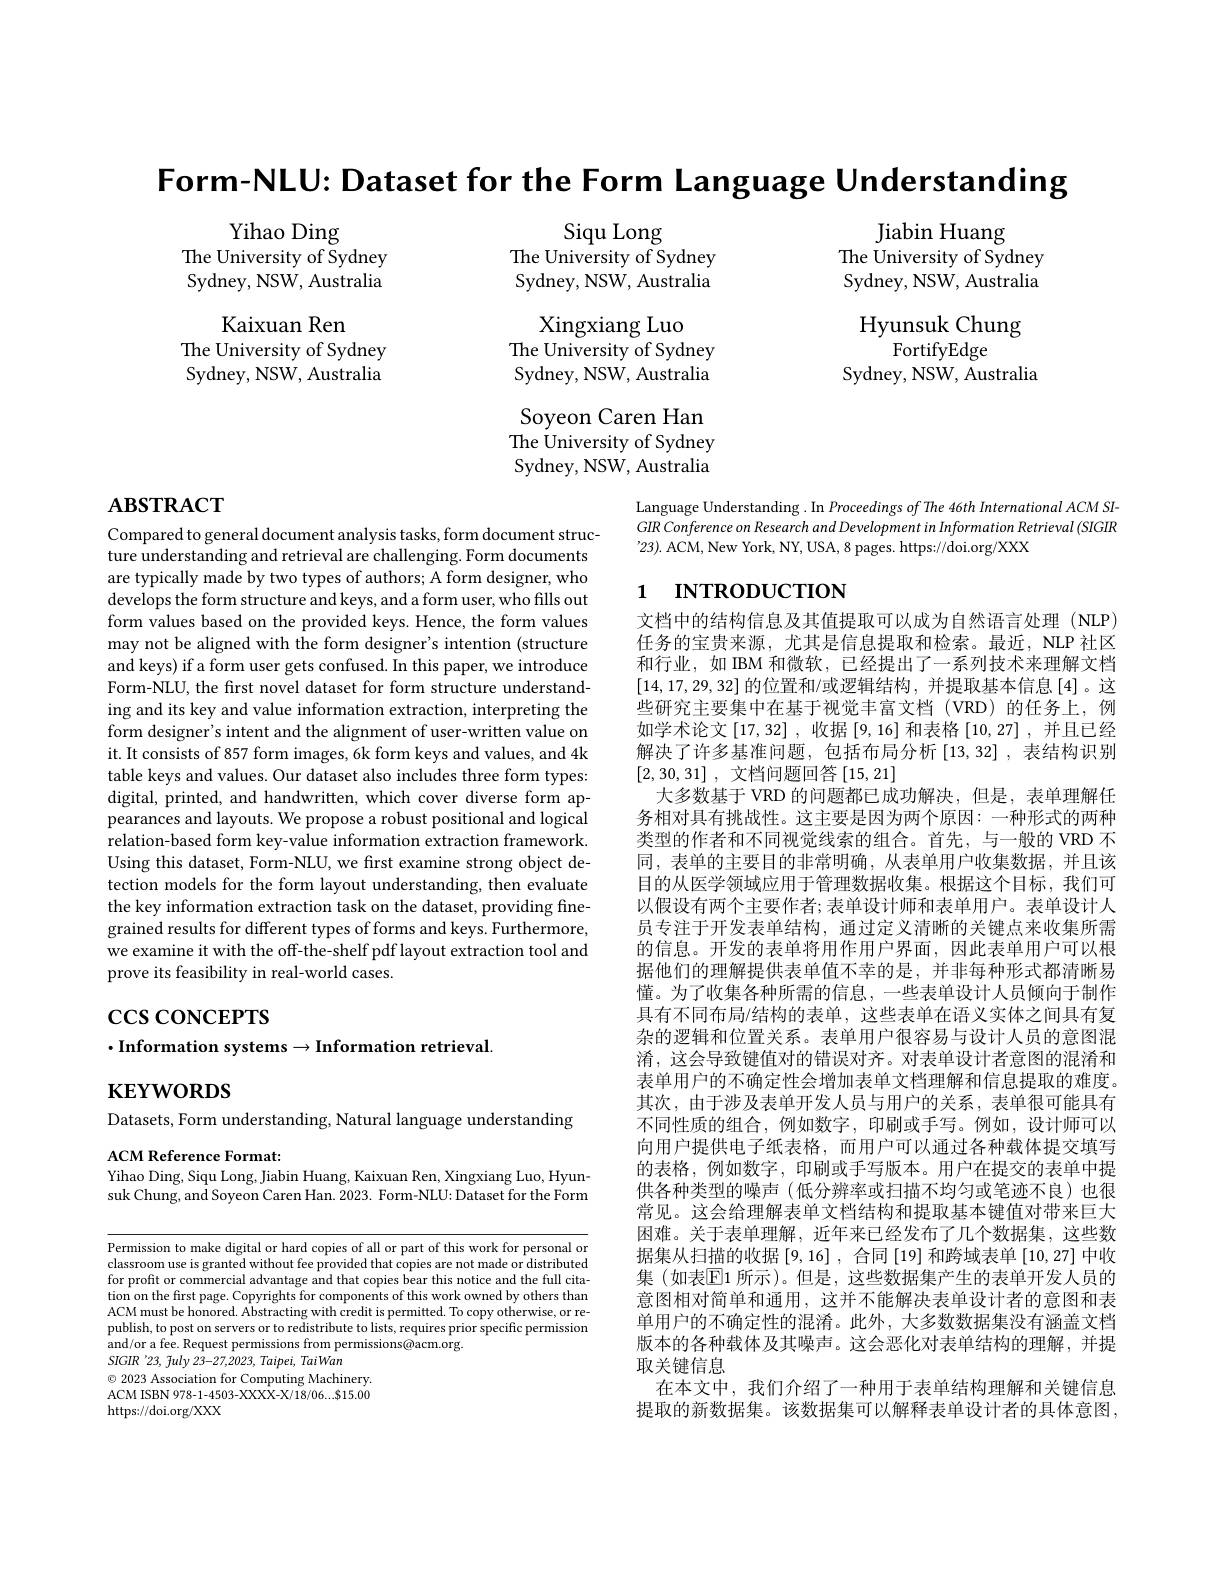
Form-NLU: Dataset for the Form Language Understanding

Jiabin Huang
The University of Sydney Sydney, NSW, Australia

Yihao Ding
The University of Sydney Sydney, NSW, Australia

Siqu Long
The University of Sydney Sydney, NSW, Australia

Kaixuan Ren
The University of Sydney Sydney, NSW, Australia

Hyunsuk Chung
FortifyEdge
Sydney, NSW, Australia

Xingxiang Luo
The University of Sydney Sydney, NSW, Australia

Soyeon Caren Han The Úniversity of Sydney Sydney, NSW, Australia

# $\mathbf{ABSTRACT}$

Language Understanding . In Proceedings of The 46th International ACM SI- $GIR\textit{Conference on Research and Development in Information Retrieval ( SIGIR}$ $^{\prime }$23) . ACM, New York, NY, USA, 8 pages. https: / / doi. org/ XXX

# 1 INTRODUCTION

Compared to general document analysis tasks, form document structure understanding and retrieval are challenging. Form documents are typically made by two types of authors; A form designer, who develops the form structure and keys, and a form user, who fills out form values based on the provided keys. Hence, the form values may not be aligned with the form designer's intention (structure and keys) if a form user gets confused. In this paper, we introduce Form-NLU, the first novel dataset for form structure understanding and its key and value information extraction, interpreting the form designer's intent and the alignment of user-written value on it. It consists of 857 form images, 6k form keys and values, and 4k table keys and values. Our dataset also includes three form types: digital, printed, and handwritten, which cover diverse form appearances and layouts. We propose a robust positional and logical relation-based form key-value information extraction framework. Using this dataset, Form-NLU, we first examine strong object detection models for the form layout understanding, then evaluate the key information extraction task on the dataset, providing finegrained results for different types of forms and keys. Furthermore, we examine it with the off-the-shelf pdf layout extraction tool and prove its feasibility in real-world cases.

文档中的结构信息及其值提取可以成为自然语言处理(NLP) 任务的宝贵来源，尤其是信息提取和检索。最近，NLP社区和行业，如 IBM 和微软，已经提出了一系列技术来理解文档[14,17,29,32] 的位置和/或逻辑结构，并提取基本信息[4]。这些研究主要集中在基于视觉丰富文档(VRD)的任务上，例如学术论文[17,32],收据[9,16]和表格[10,27],并且已经解决了许多基准问题，包括布局分析[13,32],表结构识别[2,30,31] , 文档问题回答[15,21]
大多数基于 VRD 的问题都已成功解决，但是，表单理解任务相对具有挑战性。这主要是因为两个原因：一种形式的两种类型的作者和不同视觉线索的组合。首先，与一般的 VRD 不同，表单的主要目的非常明确，从表单用户收集数据，并且该目的从医学领域应用于管理数据收集。根据这个目标，我们可以假设有两个主要作者；表单设计师和表单用户。表单设计人员专注于开发表单结构，通过定义清晰的关键点来收集所需的信息。开发的表单将用作用户界面，因此表单用户可以根据他们的理解提供表单值不幸的是，并非每种形式都清晰易懂。为了收集各种所需的信息，一些表单设计人员倾向于制作具有不同布局/结构的表单，这些表单在语义实体之间具有复杂的逻辑和位置关系。表单用户很容易与设计人员的意图混淆，这会导致键值对的错误对齐。对表单设计者意图的混淆和表单用户的不确定性会增加表单文档理解和信息提取的难度。其次，由于涉及表单开发人员与用户的关系，表单很可能具有不同性质的组合，例如数字，印刷或手写。例如，设计师可以向用户提供电子纸表格，而用户可以通过各种载体提交填写的表格，例如数字，印刷或手写版本。用户在提交的表单中提供各种类型的噪声(低分辨率或扫描不均匀或笔迹不良)也很常见。这会给理解表单文档结构和提取基本键值对带来巨大困难。关于表单理解，近年来已经发布了几个数据集，这些数据集从扫描的收据$\left[9,16\right]$, 合同 [19] 和跨域表单 [10,27] 中收集(如表$\mathbb{E}$1 所示)。但是，这些数据集产生的表单开发人员的意图相对简单和通用，这并不能解决表单设计者的意图和表单用户的不确定性的混淆。此外，大多数数据集没有涵盖文档版本的各种载体及其噪声。这会恶化对表单结构的理解，并提取关键信息
在本文中，我们介绍了一种用于表单结构理解和关键信息提取的新数据集。该数据集可以解释表单设计者的具体意图，

# $\csc\cos$coNCEPTS $\cdot$Information systems$\to$Information retrieval

$\mathbf{KEYWORDS}$

Datasets, Form understanding, Natural language understanding
ACM Reference Format:

Yihao Ding, Siqu Long, Jiabin Huang, Kaixuan Ren, Xingxiang Luo, Hyun-

suk Chung, and Soyeon Caren Han. 2023. Form-NLU: Dataset for the Form

Permission to make digital or hard copies of all or part of this work for personal or classroom use is granted without fee provided that copies are not made or distributed for profit or commercial advantage and that copies bear this notice and the full citation on the first page. Copyrights for components of this work owned by others than ACM must be honored. Abstracting with credit is permitted. To copy otherwise, or republish, to post on servers or to redistribute to lists, requires prior specific permission and/or a fee. Request permissions from permissions@acm.org.
SIGIR '23, fuly 23-27,2023, Taipei, TaiWan
$\odot$ 2023 Association for Computing Machinery. ACM ISBN 978-1-4503-XXXX-X/18/06...$15.00 https://doi.org/XXX